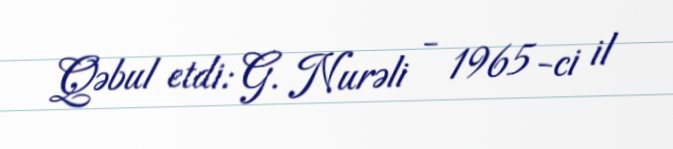
Qəbul etdi: G. Nurəli - 1965-ci il